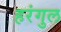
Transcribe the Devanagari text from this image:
हरंगुल